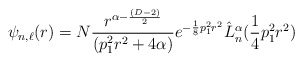
\begin{align*}\psi_{n,\ell}(r)=N\frac{r^{\alpha-\frac{(D-2)}{2}}}{(p_1^2r^2+4\alpha)}e^{-\frac{1}{8}p_1^2r^2}\hat{L}_n^{\alpha}(\frac{1}{4}p_1^2r^2)\end{align*}